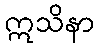
ဣသိနာ